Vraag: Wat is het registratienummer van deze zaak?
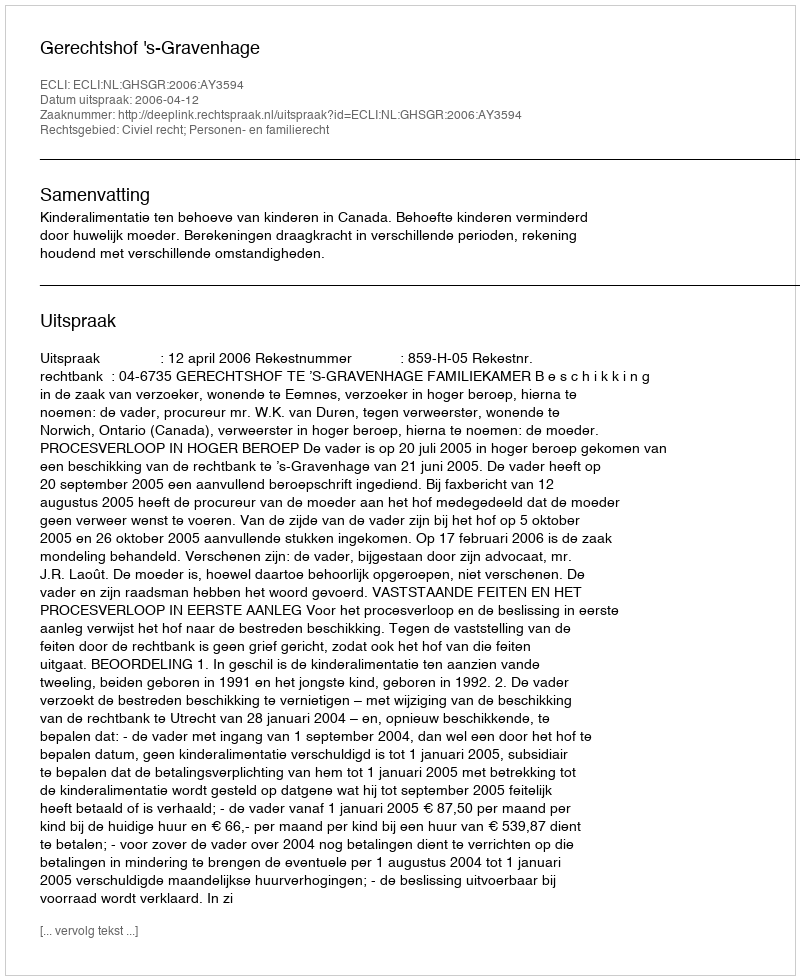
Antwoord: http://deeplink.rechtspraak.nl/uitspraak?id=ECLI:NL:GHSGR:2006:AY3594